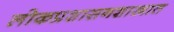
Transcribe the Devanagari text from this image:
लोकप्रशासनशास्त्रात